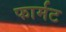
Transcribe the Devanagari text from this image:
फार्मट